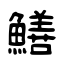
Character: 鱔